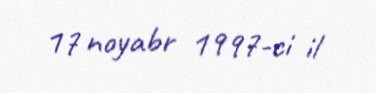
17 noyabr 1997-ci il